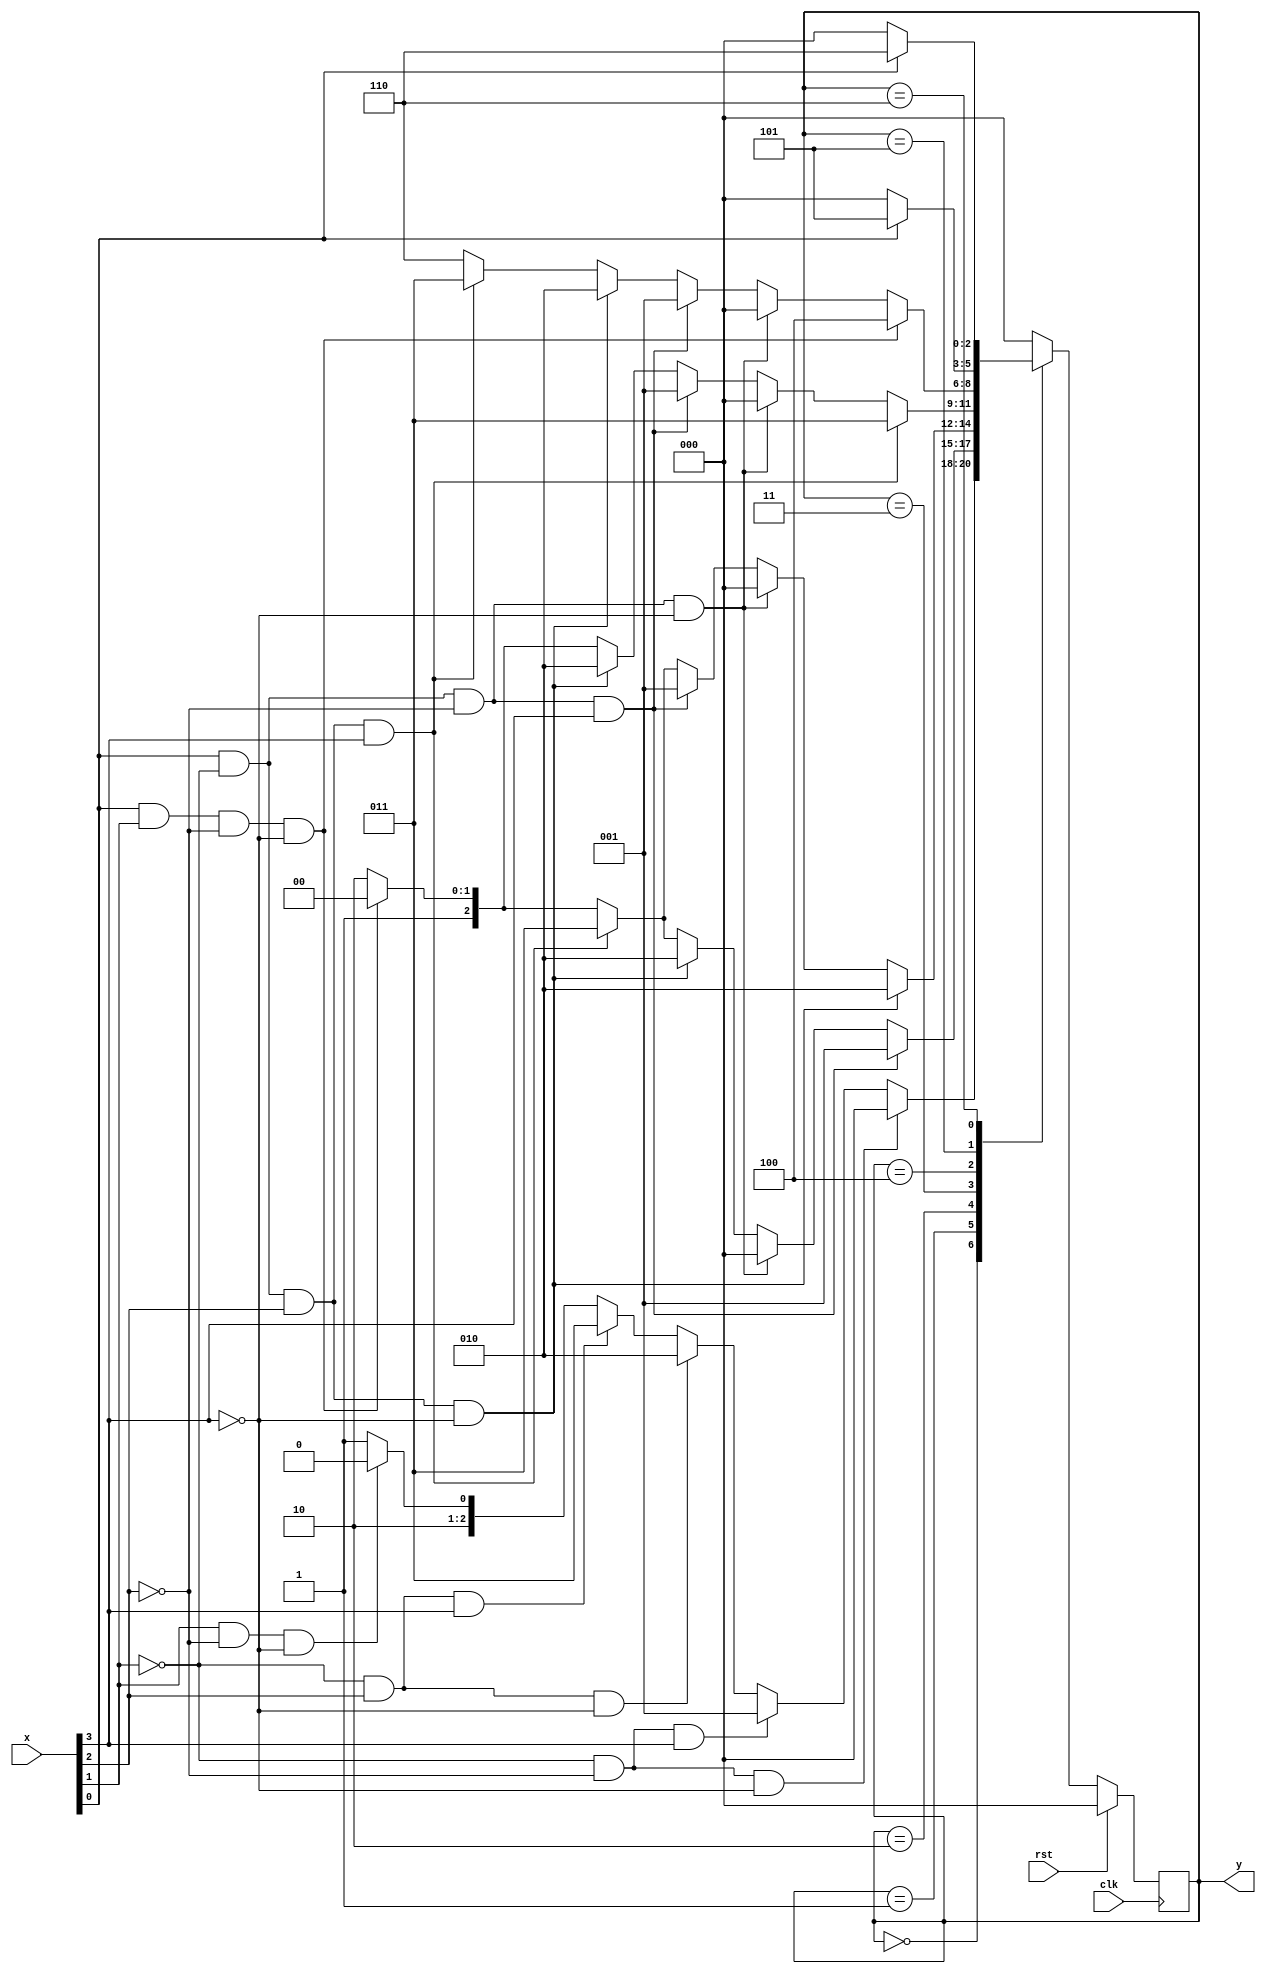
module mefselectlavagem(x, y, clk, rst);
	input [0:3] x;
	input clk, rst;
	output [0:2] y;
	
	parameter [0:2] menu = 3'b000,
						 secagem = 3'b001,
						 economica = 3'b010, normal = 3'b011, pesada = 3'b100,
						 erro1 = 3'b101, erro2 = 3'b110;
	
	reg [0:2] state, nextstate;
	
	always @(posedge clk)
		if(rst) state <= menu;
		else state <= nextstate;
	
	always @(*)
		case(state)
			menu: 
				if(x[2] == 0 & x[1] == 0 & x[0] == 0) begin nextstate = menu; end
				else if(x[2] == 0 & x[1] == 0 & x[0] == 1) begin nextstate = secagem; end
				else if(x[2] == 0 & x[1] == 1 & x[0] == 0) begin nextstate = economica; end
				else if(x[2] == 0 & x[1] == 1 & x[0] == 1) begin nextstate = normal; end
				else if(x[2] == 1 & x[1] == 0 & x[0] == 0) begin nextstate = pesada; end
				else nextstate = erro1;
		
			secagem:
				if(x[3] == 1 & x[2] == 0 & x[1] == 0 & x[0] == 1) begin nextstate = secagem; end
				else if(x[3] == 1 & x[2] == 0 & x[1] == 0 & x[0] == 0) begin nextstate = menu; end
				else if(x[3] == 1 & x[2] == 0 & x[1] == 1 & x[0] == 0) begin nextstate = economica; end
				else if(x[3] == 1 & x[2] == 0 & x[1] == 1 & x[0] == 1) begin nextstate = normal; end
				else if(x[3] == 1 & x[2] == 1 & x[1] == 0 & x[0] == 0) begin nextstate = pesada; end
				else nextstate = erro2;
				
			economica:
				if(x[3] == 1 & x[2] == 0 & x[1] == 1 & x[0] == 0) begin  nextstate = economica; end
				else if(x[3] == 1 & x[2] == 0 & x[1] == 0 & x[0] == 0) begin nextstate = menu; end
				else if(x[3] == 1 & x[2] == 0 & x[1] == 0 & x[0] == 1) begin nextstate = secagem; end
				else if(x[3] == 1 & x[2] == 0 & x[1] == 1 & x[0] == 1) begin nextstate = normal; end
				else if(x[3] == 1 & x[2] == 1 & x[1] == 0 & x[0] == 0) begin nextstate = pesada; end
				else nextstate = erro2;
				
			normal:
				if(x[3] == 1 & x[2] == 0 & x[1] == 1 & x[0] == 1) begin nextstate = normal;end
				else if(x[3] == 1 & x[2] == 0 & x[1] == 0 & x[0] == 0) begin nextstate = menu; end
				else if(x[3] == 1 & x[2] == 0 & x[1] == 0 & x[0] == 1) begin nextstate = secagem; end
				else if(x[3] == 1 & x[2] == 0 & x[1] == 1 & x[0] == 0) begin nextstate = economica; end
				else if(x[3] == 1 & x[2] == 1 & x[1] == 0 & x[0] == 0) begin nextstate = pesada; end
				else nextstate = erro2;
				
			pesada:
				if(x[3] == 1 & x[2] == 1 & x[1] == 0 & x[0] == 0)begin  nextstate = pesada;end
				else if(x[3] == 1 & x[2] == 0 & x[1] == 0 & x[0] == 0) begin nextstate = menu; end
				else if(x[3] == 1 & x[2] == 0 & x[1] == 0 & x[0] == 1) begin nextstate = secagem; end
				else if(x[3] == 1 & x[2] == 0 & x[1] == 1 & x[0] == 0) begin nextstate = economica; end
				else if(x[3] == 1 & x[2] == 0 & x[1] == 1 & x[0] == 1) begin nextstate = normal; end
				else nextstate = erro2;
				
			erro1:
				if(x[3] == 1)begin  nextstate = erro1;end
				else nextstate = menu;
				
			erro2:
				if(x[3] == 1)begin  nextstate = erro2;end
				else nextstate = menu;
				
			default: nextstate = menu;
		endcase
		
	assign y = state;
endmodule